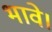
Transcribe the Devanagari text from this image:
भावे।